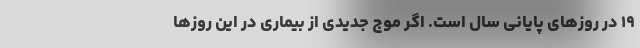
۱۹ در روزهای پایانی سال است. اگر موج جدیدی از بیماری در این روزها